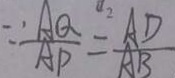
\because \frac { A Q } { A P } = \frac { A D } { A B }